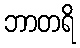
ဘာတရိ